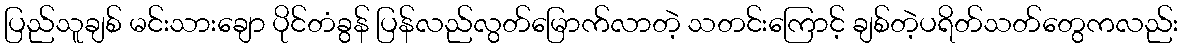
ပြည်သူချစ် မင်းသားချော ပိုင်တံခွန် ပြန်လည်လွတ်မြောက်လာတဲ့ သတင်းကြောင့် ချစ်တဲ့ပရိတ်သတ်တွေကလည်း